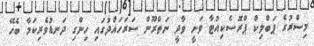
މިސްރުގެ ޕަބްލިކް ޕްރޮސެކިއުޓާ ވަނީ ވާދީ ނަތްރޫން ސަރަހައްދުގައި ހިންގި ދަނޑުވެރިކަމާ ބެހޭ